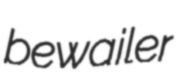
bewailer